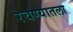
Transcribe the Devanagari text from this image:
रचण्यातला